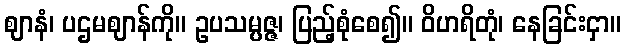
ဈာနံ၊ ပဌမဈာန်ကို။ ဥပသမ္ပဇ္ဇ၊ ပြည့်စုံစေ၍။ ဝိဟရိတုံ၊ နေခြင်းငှာ။